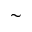
\sim